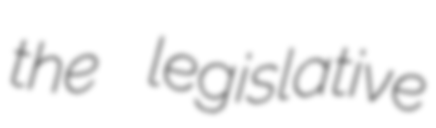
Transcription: the legislative